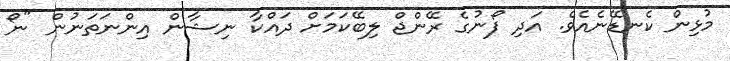
މުޅިން ކެނޑޭނެއެވެ. އަދި ފޯނުގެ ރޭންޖް ލިބޭކަމަށް ދައްކާ ނިޝާން އިންނަތަނުން "ނޯ